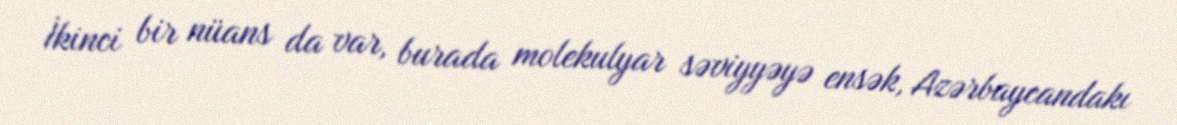
İkinci bir nüans da var, burada molekulyar səviyyəyə ensək, Azərbaycandakı